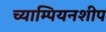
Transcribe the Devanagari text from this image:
च्याम्पियनशीप